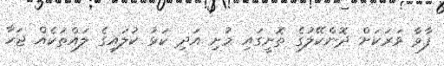
ފާވާ ވަރަކަށް ދޮންކޭލުގެ ތޮށީގައި މުށި އަދި ކަޅު ކުލައިގެ ލައްތަކެއް ޖަހާ